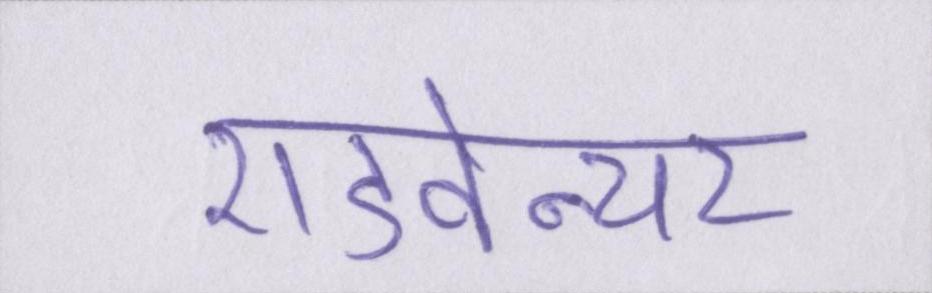
एडवेन्चर